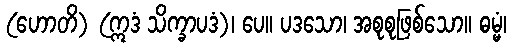
(ဟောတိ) (ဣဒံ သိက္ခာပဒံ)၊ ပေ။ ပဒသော၊ အစုစုဖြစ်သော။ ဓမ္မံ၊